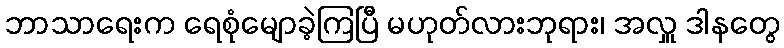
ဘာသာရေးက ရေစုံမျောခဲ့ကြပြီ မဟုတ်လားဘုရား၊ အလှူ ဒါနတွေ